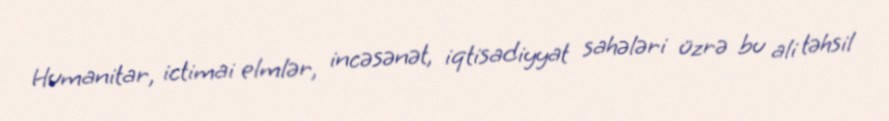
Humanitar, ictimai elmlər, incəsənət, iqtisadiyyat sahələri üzrə bu ali təhsil